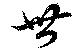
無